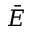
\bar { E }